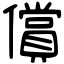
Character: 償